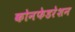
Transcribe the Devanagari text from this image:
कोनफेडरेशन